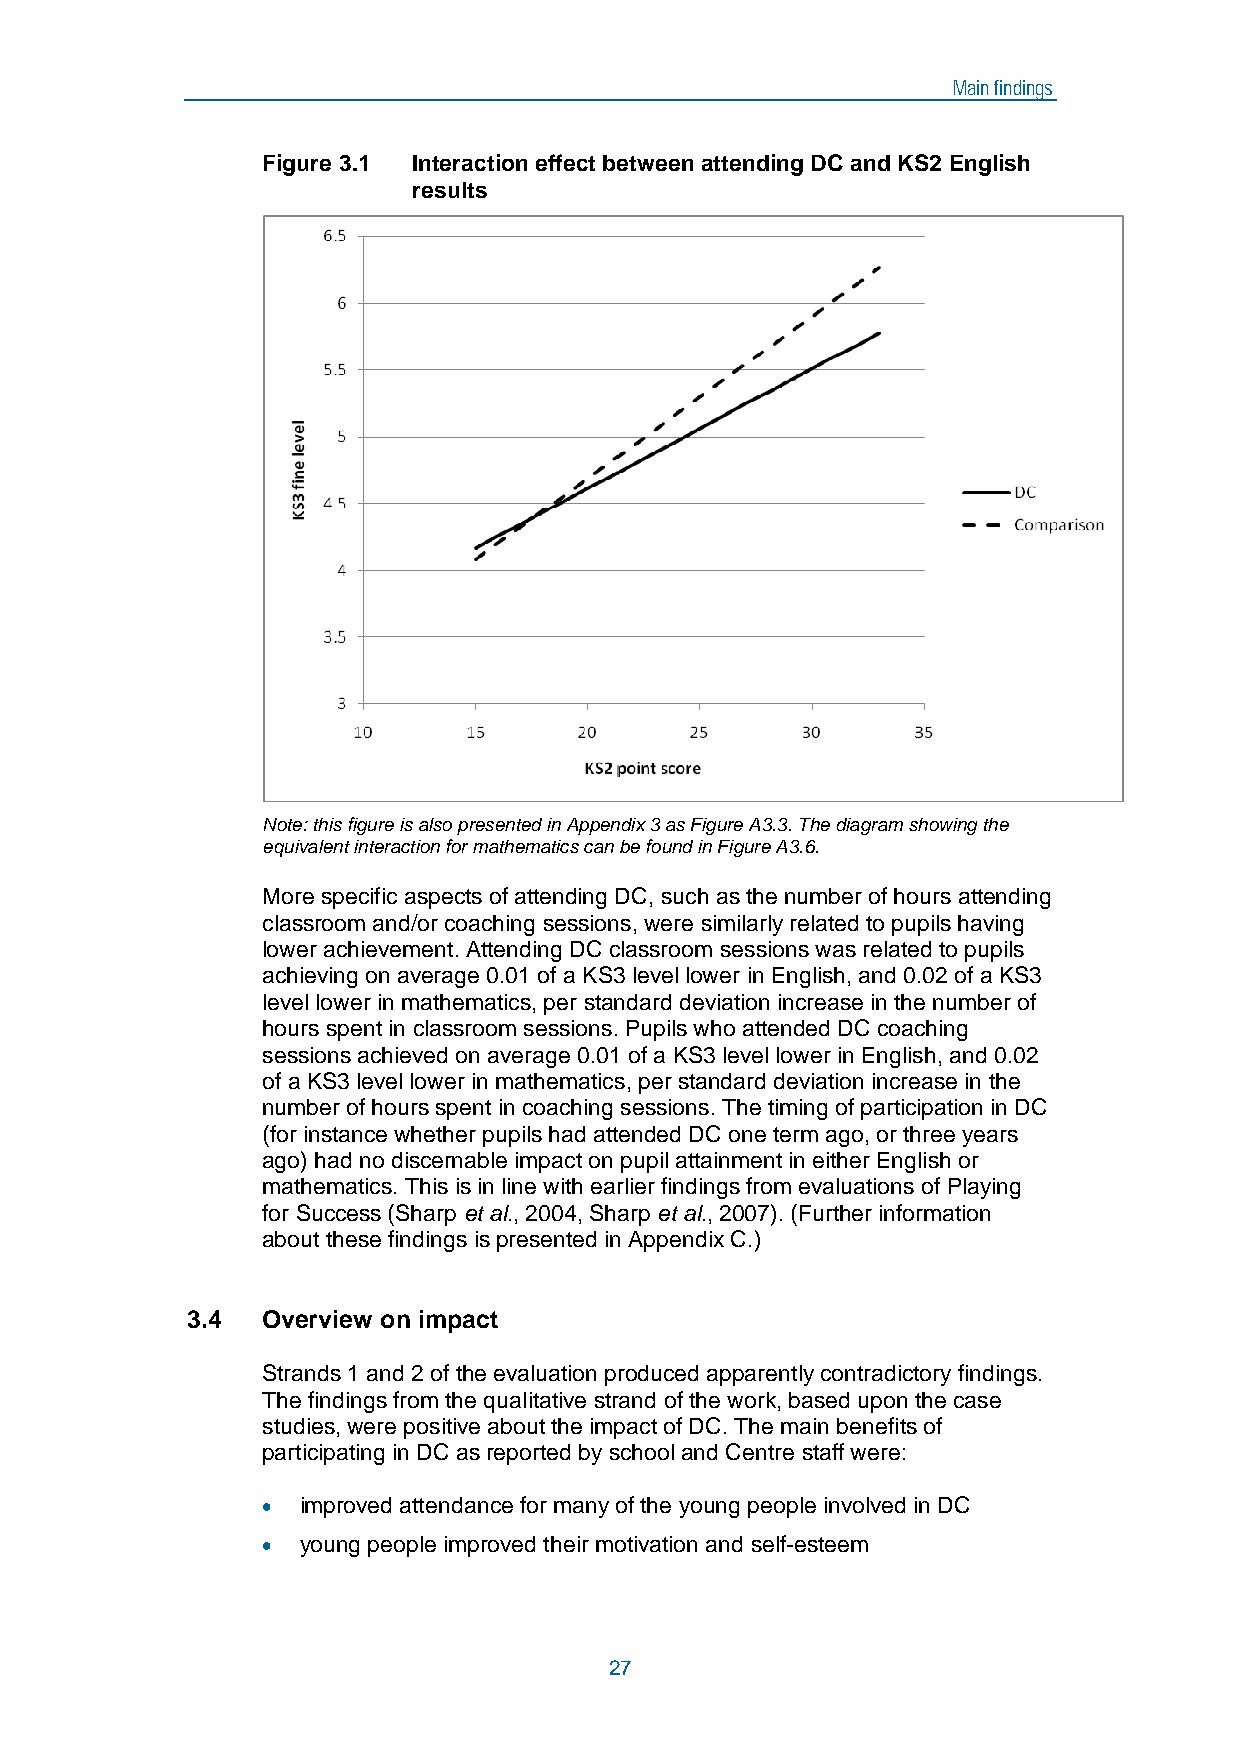
Main findings
 Figure 3.1 Interaction effect between attending DC and KS2 English
 results
 Note: this figure is also presented in Appendix 3 as Figure A3.3. The diagram showing the
 equivalent interaction for mathematics can be found in Figure A3.6.
 More specific aspects of attending DC, such as the number of hours attending
 classroom and/or coaching sessions, were similarly related to pupils having
 lower achievement. Attending DC classroom sessions was related to pupils
 achieving on average 0.01 of a KS3 level lower in English, and 0.02 of a KS3
 level lower in mathematics, per standard deviation increase in the number of
 hours spent in classroom sessions. Pupils who attended DC coaching
 sessions achieved on average 0.01 of a KS3 level lower in English, and 0.02
 of a KS3 level lower in mathematics, per standard deviation increase in the
 number of hours spent in coaching sessions. The timing of participation in DC
 (for instance whether pupils had attended DC one term ago, or three years
 ago) had no discernable impact on pupil attainment in either English or
 mathematics. This is in line with earlier findings from evaluations of Playing
 for Success (Sharp et al., 2004, Sharp et al., 2007). (Further information
 about these findings is presented in Appendix C.)
 3.4  Overview on impact
 Strands 1 and 2 of the evaluation produced apparently contradictory findings.
 The findings from the qualitative strand of the work, based upon the case
 studies, were positive about the impact of DC. The main benefits of
 participating in DC as reported by school and Centre staff were:
 •  improved attendance for many of the young people involved in DC
 •  young people improved their motivation and self-esteem
 27